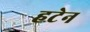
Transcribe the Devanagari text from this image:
हटेन